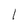
Character: l